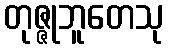
တုဇ္ဇုဘူတေသု